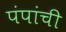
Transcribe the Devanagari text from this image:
पंपांची